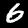
Digit: 6